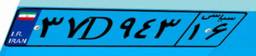
۷۹D۰۵۶۱۶